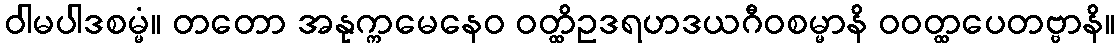
ဝါမပါဒစမ္မံ။ တတော အနုက္ကမေနေဝ ဝတ္ထိဥဒရဟဒယဂီဝစမ္မာနိ ဝဝတ္ထပေတဗ္ဗာနိ။